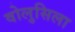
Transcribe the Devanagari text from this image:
वोलुसिला